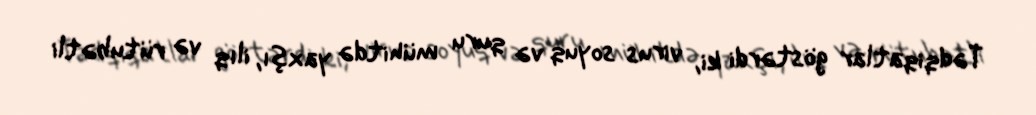
Tədqiqatlar göstərdi ki, virus soyuq və quru mühitdə yaxşı, ilıq və rütubətli